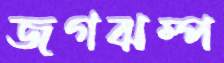
জগঝম্প